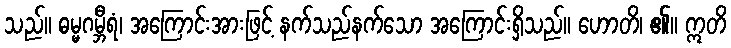
သည်။ ဓမ္မဂမ္ဘီရံ၊ အကြောင်းအားဖြင့် နက်သည်နက်သော အကြောင်းရှိသည်။ ဟောတိ၊ ၏။ ဣတိ